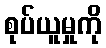
စုပ်ယူမှုကို